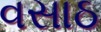
વસાઠ